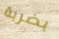
بضربة